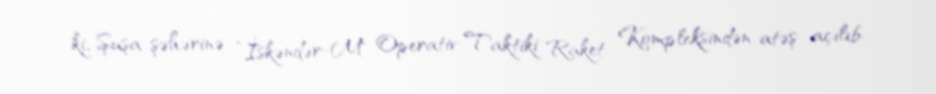
ki, Şuşa şəhərinə ”İskəndər-M" Operativ-Taktiki Raket Kompleksindən atəş açılıb.